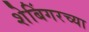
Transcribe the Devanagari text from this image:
शेबिंगरच्या